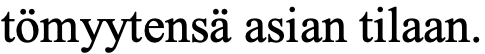
tömyytensä asian tilaan.